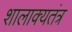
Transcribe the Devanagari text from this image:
शालाक्यतंत्र